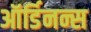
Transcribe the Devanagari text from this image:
ऑर्डिनन्स